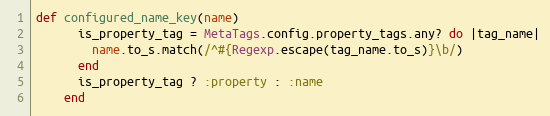
Language: Ruby
def configured_name_key(name)
      is_property_tag = MetaTags.config.property_tags.any? do |tag_name|
        name.to_s.match(/^#{Regexp.escape(tag_name.to_s)}\b/)
      end
      is_property_tag ? :property : :name
    end